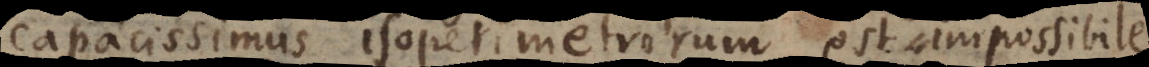
capacissimus isoperimetrorum est impossibile,